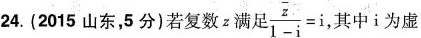
24.(2015山东，5分)若复数z满足 $$\frac{ \overline{z}}{1-i}=i$$, 其中i为虚